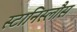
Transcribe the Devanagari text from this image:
स्टानिस्लौस